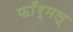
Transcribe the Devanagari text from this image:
फाँर्मल्